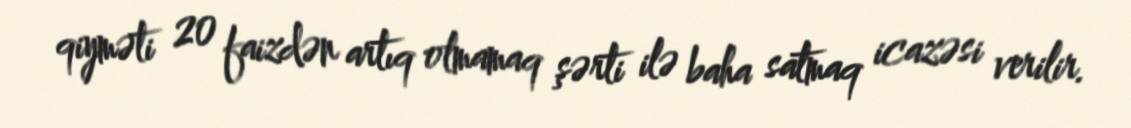
qiyməti 20 faizdən artıq olmamaq şərti ilə baha satmaq icazəsi verilir.